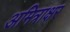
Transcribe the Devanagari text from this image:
अमित्राक्षर